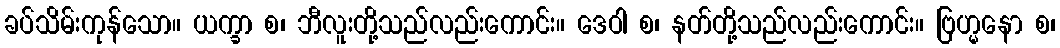
ခပ်သိမ်းကုန်သော။ ယက္ခာ စ၊ ဘီလူးတို့သည်လည်းကောင်း။ ဒေဝါ စ၊ နတ်တို့သည်လည်းကောင်း။ ဗြဟ္မနော စ၊